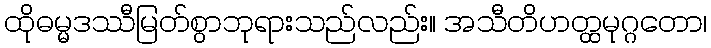
ထိုဓမ္မဒဿီမြတ်စွာဘုရားသည်လည်း။ အသီတိဟတ္ထမုဂ္ဂတော၊